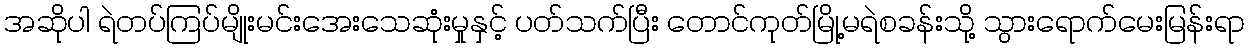
အဆိုပါ ရဲတပ်ကြပ်မျိုးမင်းအေးသေဆုံးမှုနှင့် ပတ်သက်ပြီး တောင်ကုတ်မြို့မရဲစခန်းသို့ သွားရောက်မေးမြန်းရာ